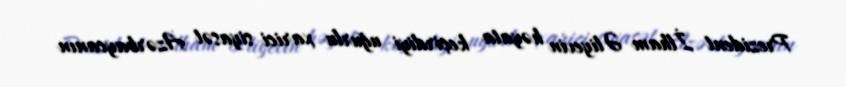
Prezident İlham Əliyevin həyata keçirdiyi uğurlu xarici siyasət Azərbaycanın